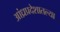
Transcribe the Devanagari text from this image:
आंध्रप्रदेशातल्या